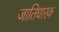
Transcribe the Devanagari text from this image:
जातिधारक